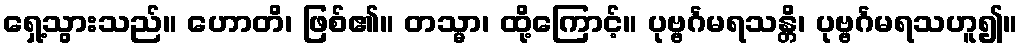
ရှေ့သွားသည်။ ဟောတိ၊ ဖြစ်၏။ တသ္မာ၊ ထို့ကြောင့်။ ပုဗ္ဗင်္ဂမရသန္တိ၊ ပုဗ္ဗင်္ဂမရသဟူ၍။